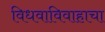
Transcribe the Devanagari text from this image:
विधवाविवाहाचा